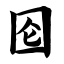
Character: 囵